DOW-UAP-D49, Launch Summary, Vandenberg AFB, 2000
Agency: Department of War
Incident date: 2/3/00
Page 63
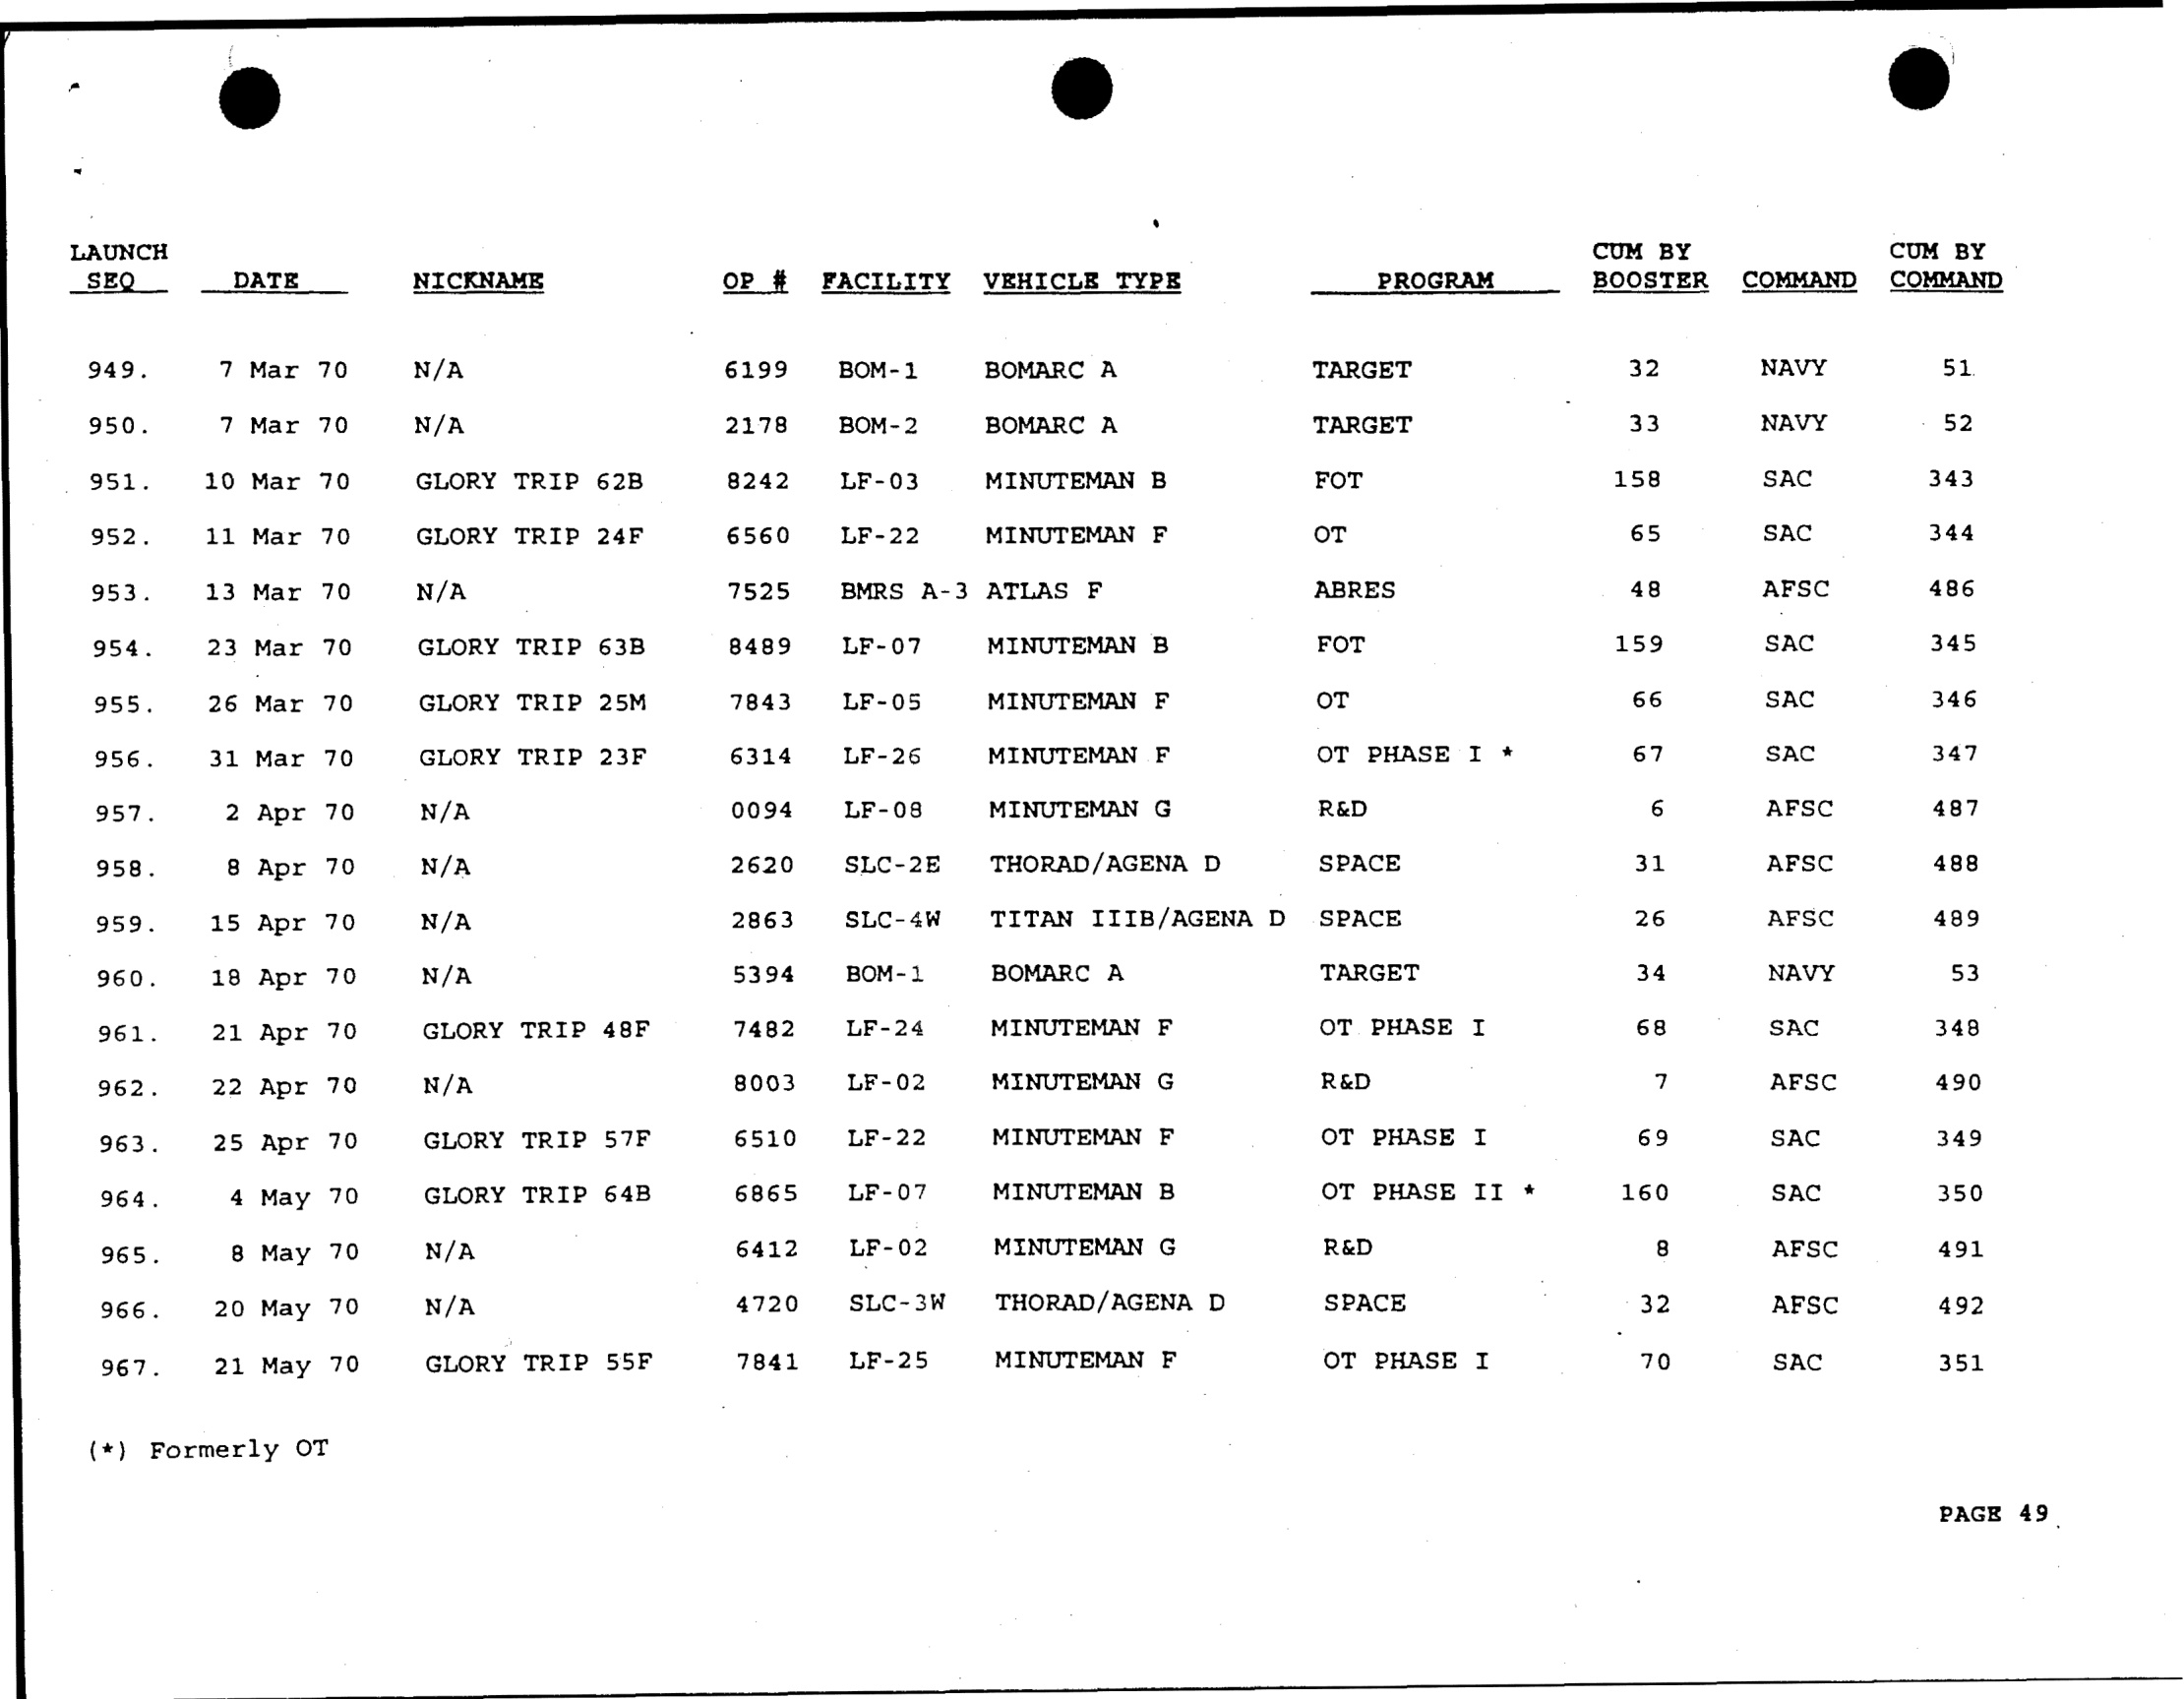